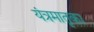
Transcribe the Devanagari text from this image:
यंत्रमातृका